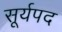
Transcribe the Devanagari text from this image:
सूर्यपद